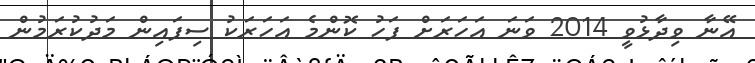
އޭނާ ވިދާޅުވީ 2014 ވަނަ އަހަރަށް ފަހު ކޮންމެ އަހަރަކު ސިފައިން މަދުކުރަމުން